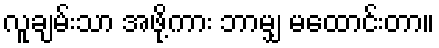
လူချမ်းသာ အဖို့ကား ဘာမျှ မထောင်းတာ။